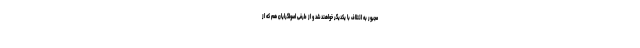
مجبور به ائتلاف با یکدیگر خواهند شد و از طرفی اصولگرایان هم که از